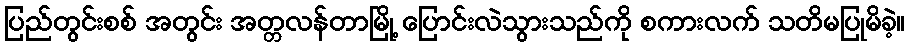
ပြည်တွင်းစစ် အတွင်း အတ္တလန်တာမြို့ ပြောင်းလဲသွားသည်ကို စကားလက် သတိမပြုမိခဲ့။